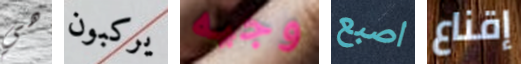
هي يركبون وجيه اصبع إقناع